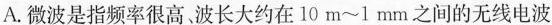
A.微波是指频率很高，波长大约在10m~1l mm之间的无线电波